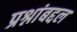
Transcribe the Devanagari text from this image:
प्रश्नांबद्दल